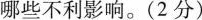
哪些不利影响。(2分)